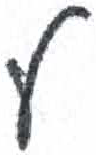
אות: ע